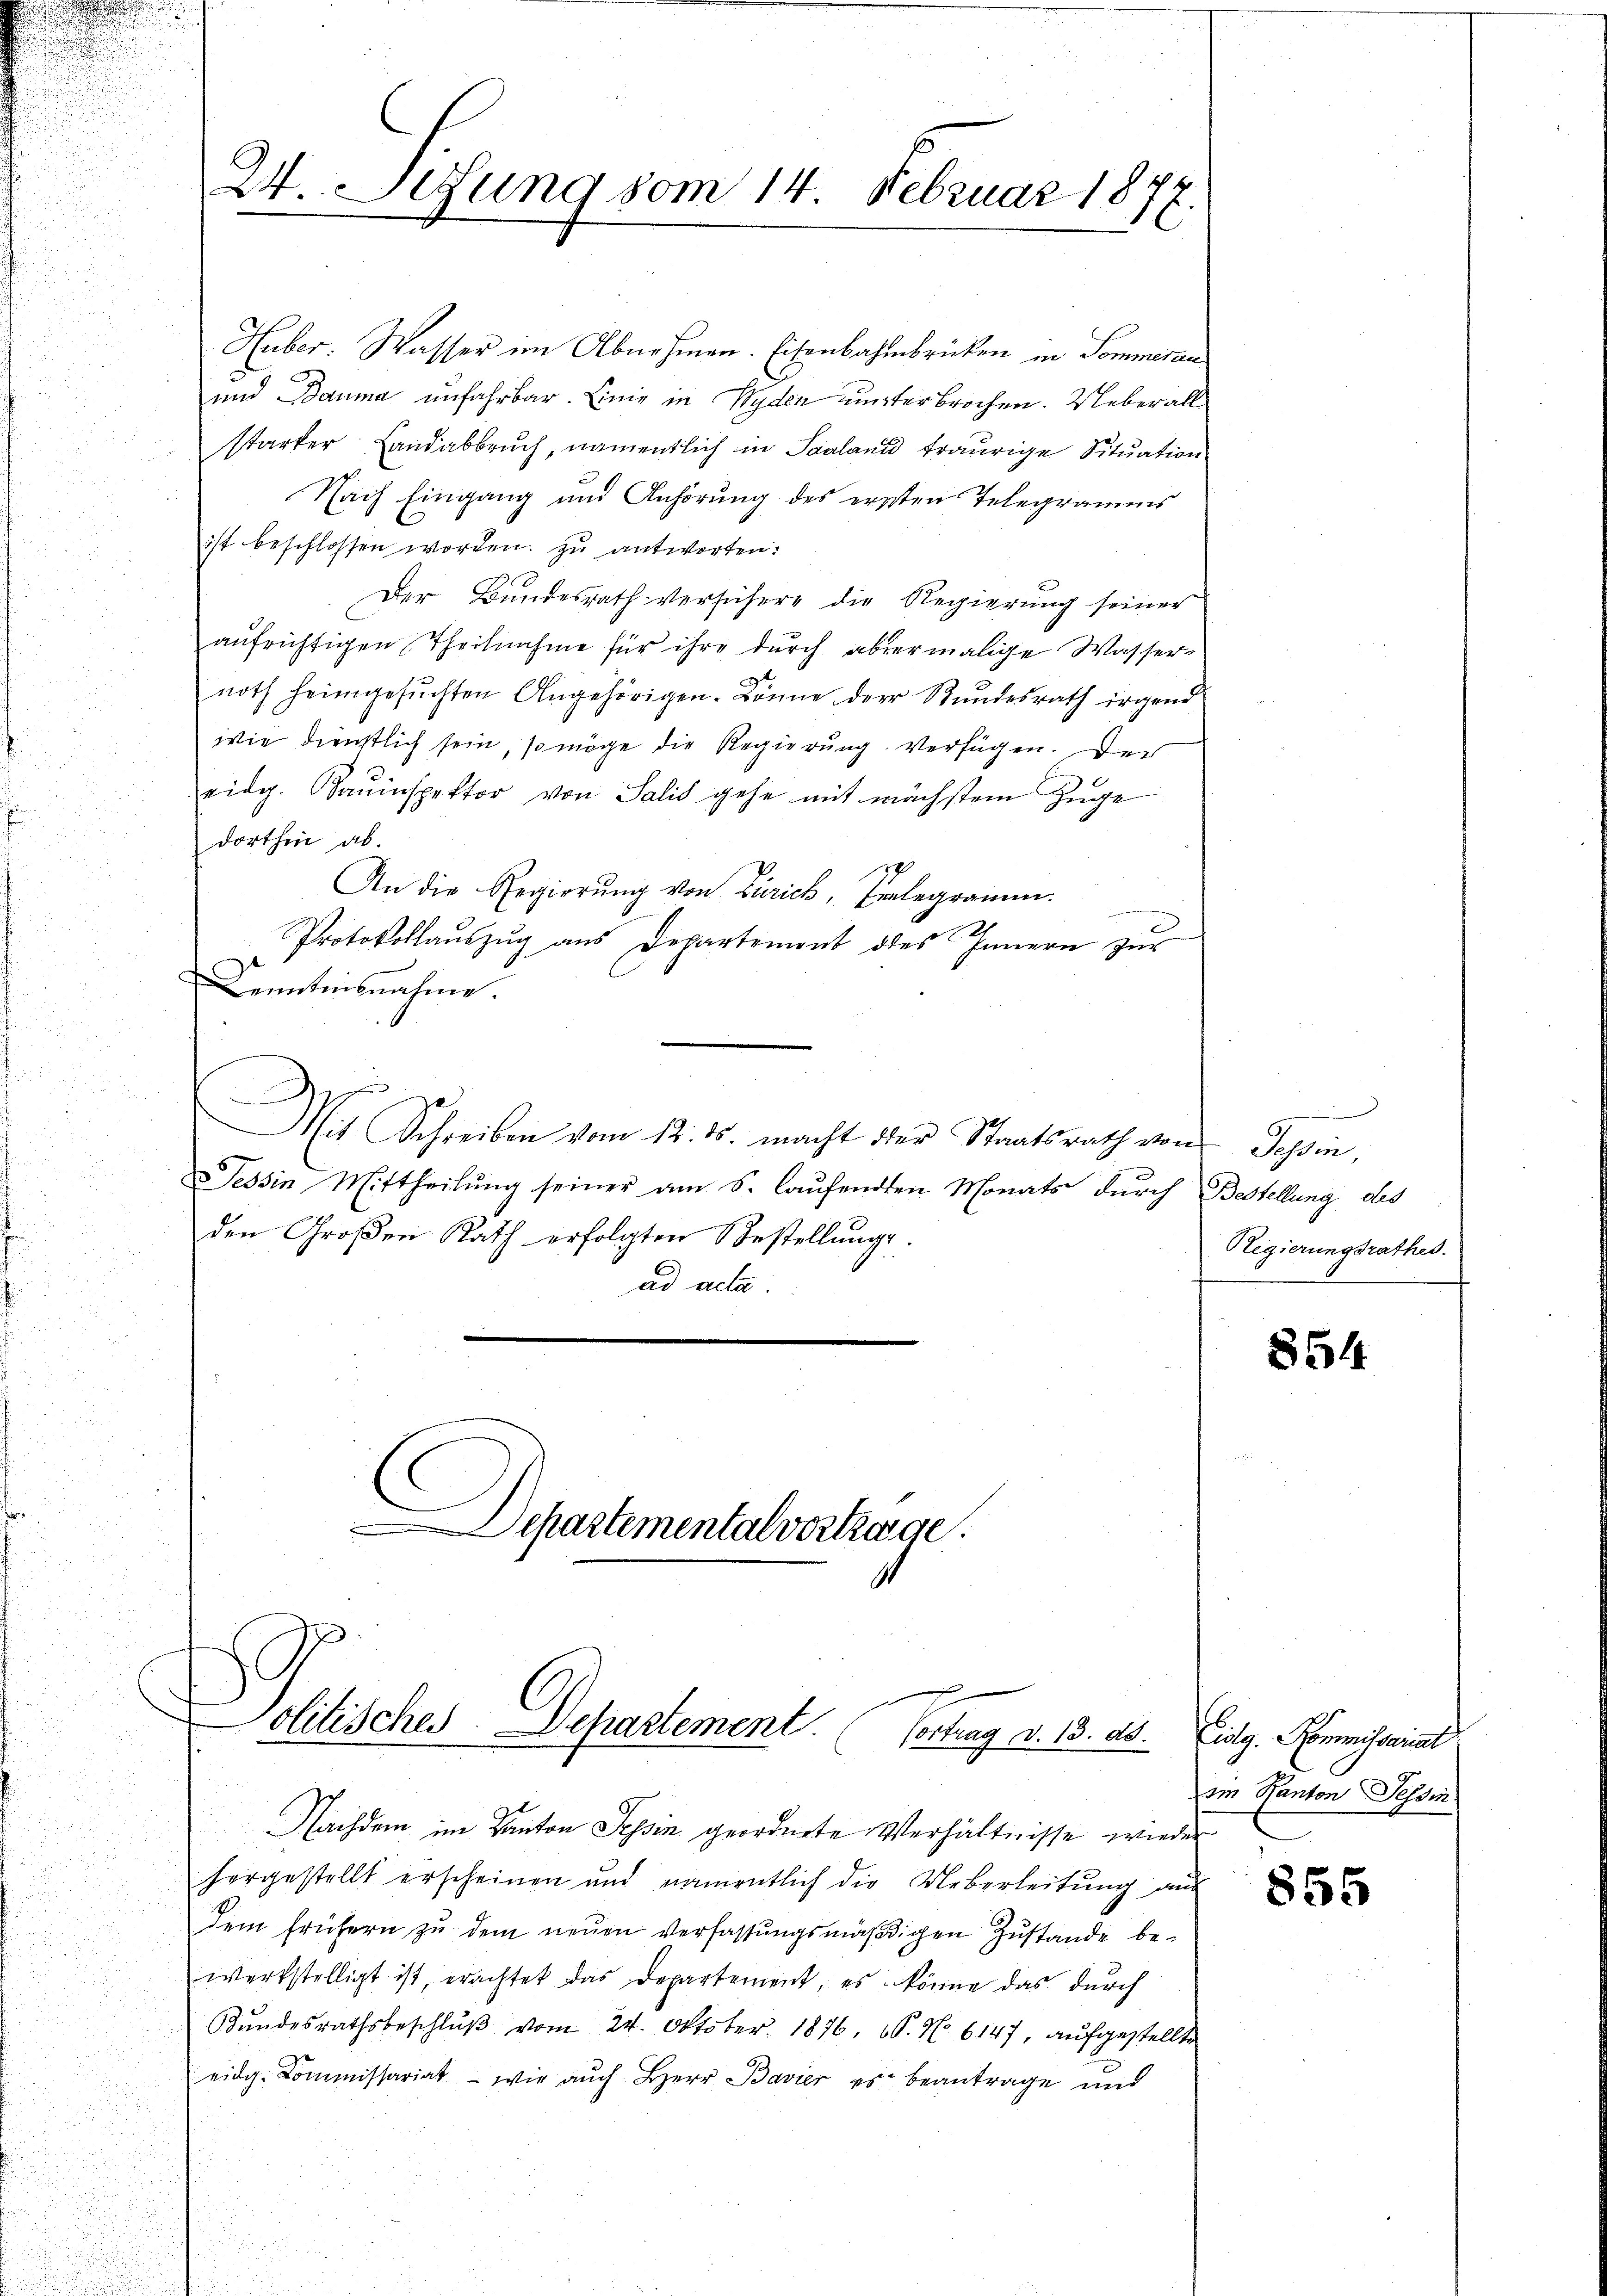
Huber. Wasser im Abnehmen. Eisenbahnbrücken in Sommeran
und Bauma unfahrbar. Einig in Wyden unterbrochen. Ueber all
starker Landabbruch, namentlich in Saaland traurige Situation
Nach Eingang und Anhörung des ersten Telegramms

ist beschlossen worden zu antworten:
55 u
 335.
Der Bundesrath versichere die Regierung seiner
u
aufrichtigen Theilnahme für ihre durch abermalige Wasser-
noth heimgesuchten Angehörigen. Könne der Stundesrath irgend
wie dienstlich sein, so möge die Regierung. Verfügen. Der
eidg. Bauinspektor von Salis gehe mit wächstem Zuge
dorthin ab.
17
An die Regierŭng von Zürich, Einlegramm.
Protokollaŭszŭg ans Departement des Innern zŭr
d
e
enntensnahme.
d
e
Mit Schreiben vom 12. ds. macht der Staatsrath von Teßin,
Tessin Mittheilŭng seiner am S. laŭfenden Monats durch Bestellung des
den Großen Rath erfolgten Bestellŭng.
ad acta.
Departementalvertrage.
d
olitisches. Separtement. (Vortrag d. 13. ds.
.
Nachdem im Kanton Sein geordnete Verhältnisse wieder
horgestellt erscheinen und namentlich die Ueberleitung aus
dem frühern zŭ dem neŭen Verfassŭngsmäβigen Zŭstande be-
d
werkstelligt ist, erachtet das Departement, es könne das durch
Kundesrathsbeschlŭβ vom 24. Oktober 1876, 10. No. 6147, aufgestellte
eidg. Kommissariat - wie auch Herr Bavier es beantrage und

24. Sedung vom 14. Februar 1877
e

Regierungsrathes.
e

854

Eidg. Kommissariat
ein Kanton Tessin

855